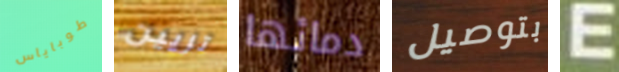
طوباياس تزيين دمائها بتوصيل E